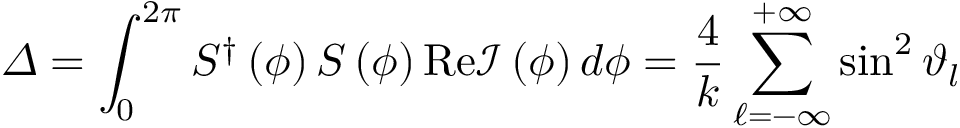
\varDelta = \int _ { 0 } ^ { 2 \pi } { S ^ { \dagger } \left( \phi \right) S \left( \phi \right) \mathrm { R e } \mathcal { I } \left( \phi \right) d \phi } = \frac { 4 } { k } \sum _ { \ell = - \infty } ^ { + \infty } { \sin ^ { 2 } \vartheta _ { l } }